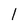
Character: l